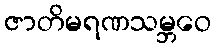
ဇာတိမရဏသမ္ဘဝေ